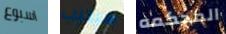
اسبوع سيخيب المحكمه